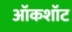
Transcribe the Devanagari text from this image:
ऑकशॉट